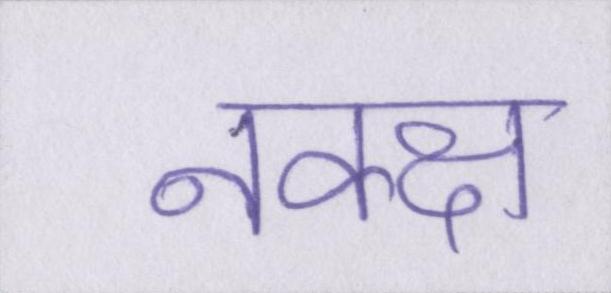
नक्क्ष